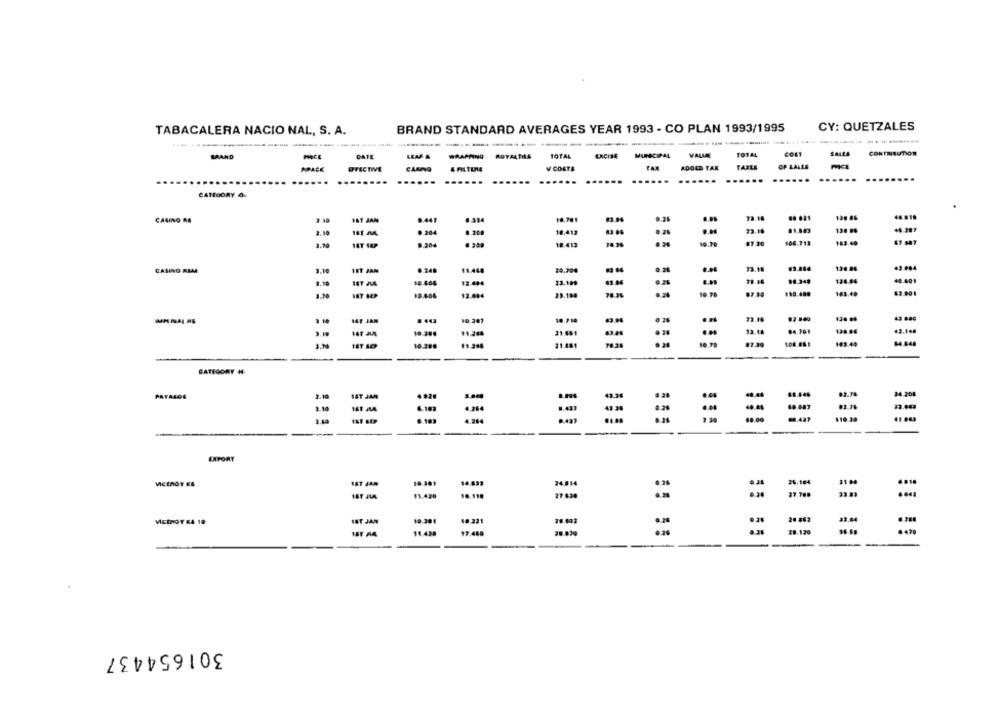
BRAND STANDARD AVERAGES YEAR 1993 - CO PLAN 1993/1995
CY: QUETZALES
TABACALERA NACIO NAL, S. A.
BAAND
DATE
LEM &
WRAPPING
ROYALTILA
TOTAL
CHCISE
MUNICIPAL
TOTAL
COLT
SALLA
CONTRIBUTION
FAR
TAXLA
OF LALLE
FFECTIVE
CAMNO
V CORTE
ADOCE TAX
...
........
......
......
....
.....
......
CATEGORY 4-
73.16
CASINO AS
IST JAM
8.441
.. 334
10.413
13.18
134 84
46.207
2.10
.. 204
9.200
3.10
8.204
18.413
19.79
87.20
106 713
183.48
138.88
43.004
CASINO ALLA
3.10
VET JAN
.. 249
11.448
0.21
33.18
79.16
98.349
134.86
40.401
3.10
12-494
23.199
12.494
23.188
78.35
10.70
163.49
63.001
43 880
IST JAM
. 442
10.207
73.16
32.18
84.201
10.386
19.286
143.49
CATEGORY H
2.00
IST JAM
92.78
24.208
PATALOG
6.103
.264
-
110.39
6.103
=
EXPORT
10.301
14.633
26.164
31 00
.. 1.
VICEROY KS
IST JAN
.35
11.420
16.198
33.83
...
IST JAN
10.301
18 221
0.25
33.64
11.428
17.460
28.120
301654437